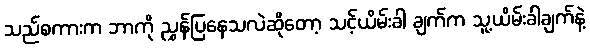
သည်စကားက ဘာကို ညွှန်ပြနေသလဲဆိုတော့ သင့်ယိမ်းခါ ချက်က သူ့ယိမ်းခါချက်နဲ့